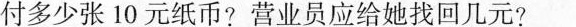
付多少张10元纸币?营业员应给她找回几元?